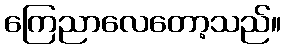
ကြေညာလေတော့သည်။